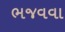
ભજવવા